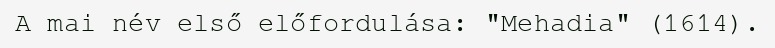
A mai név első előfordulása: "Mehadia" (1614).